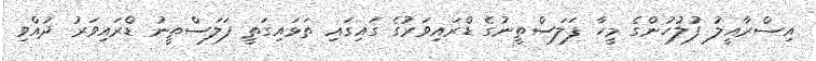
އިސްރާއީލު ފުލުހުންގެ މީހާ ފަލަސްތީނުގެ ޑްރައިވަރުގެ ގައިގައި ތަޅައިގަތީ ފަލަސްތީނު ޑްރައިވަރު ދުއްވި